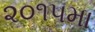
૨૦૧૫મા